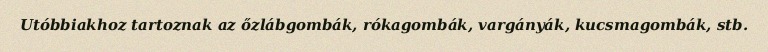
Utóbbiakhoz tartoznak az őzlábgombák, rókagombák, vargányák, kucsmagombák, stb.